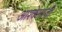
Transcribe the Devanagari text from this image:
आश्केनाज़ी